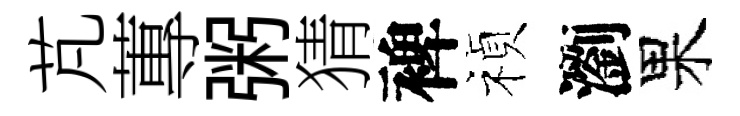
芃蓴粥猜裨禎瀏果